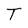
Character: T